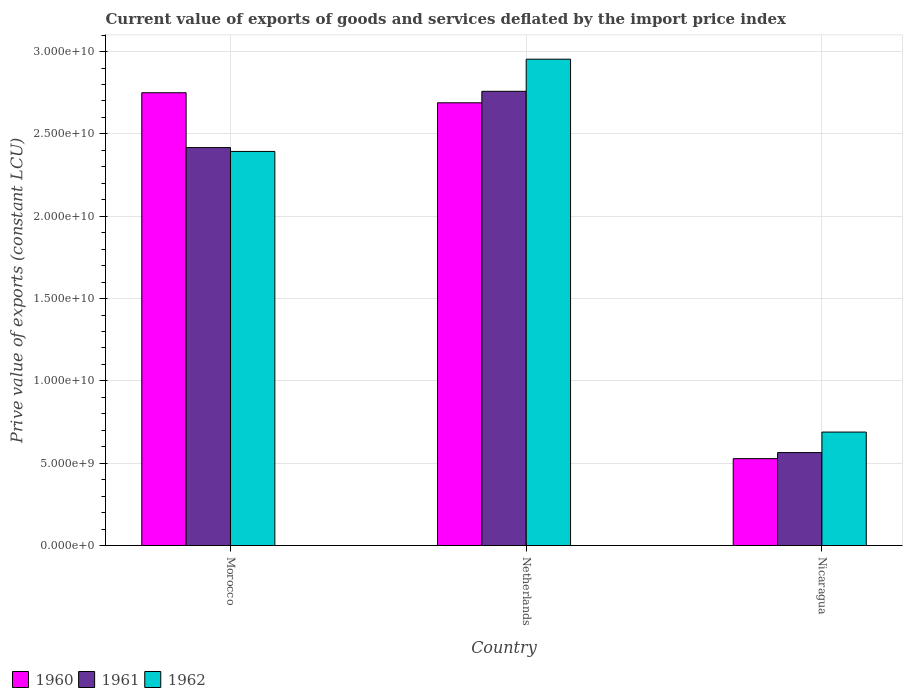
| Country | 1960 | 1961 | 1962 |
 | --- | --- | --- | --- |
 | Morocco | 2.75e+10 | 2.42e+10 | 2.39e+10 |
 | Netherlands | 2.69e+10 | 2.76e+10 | 2.95e+10 |
 | Nicaragua | 5.28e+09 | 5.65e+09 | 6.89e+09 |